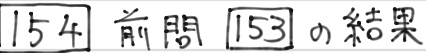
154 前問 153 の結果